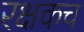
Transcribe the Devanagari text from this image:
रक्षकच